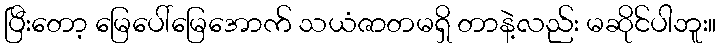
ပြီးတော့ မြေပေါ်မြေအောက် သယံဇာတမရှိ တာနဲ့လည်း မဆိုင်ပါဘူး။